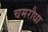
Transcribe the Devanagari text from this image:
चमरौधा